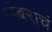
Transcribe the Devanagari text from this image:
उंबराचं